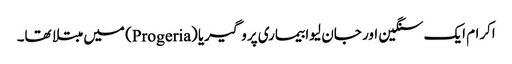
اکرام ایک سنگین اور جان لیوا بیماری پروگیریا (Progeria) میں مبتلا تھا۔